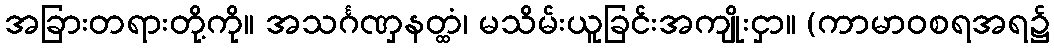
အခြားတရားတို့ကို။ အသင်္ဂဏှနတ္ထံ၊ မသိမ်းယူခြင်းအကျိုးငှာ။ (ကာမာဝစရအရ၌